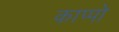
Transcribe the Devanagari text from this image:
काप्पो